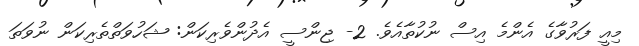
މިއީ ފަރުވާގެ އެންމެ އިސް ނުކުތާއެވެ. 2- ޖިންސީ އެދުންވެރިކަން: ޝަހުވަތްތެރިކަން ނުވަތަ